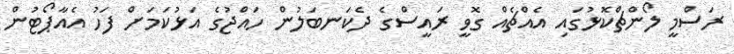
ރަސްމީ ލޯންޗްކޮޅުގައި އެއްޗެއް ގޮވީ ރައީސްގެ ދެކަނބަލުން ހައްޖުގެ އަޅުކަމަށް ފަހު އެއާޕޯޓުން